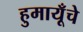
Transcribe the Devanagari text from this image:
हुमायूँचे